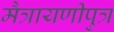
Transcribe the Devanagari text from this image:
मैत्रायणीपुत्र